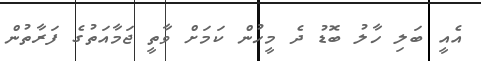
އެއީ ބަލި ހާލު ބޮޑު ދެ މީހުން ކަމަށް ވާތީ ޖަމާއަތުގެ ފަރާތުން